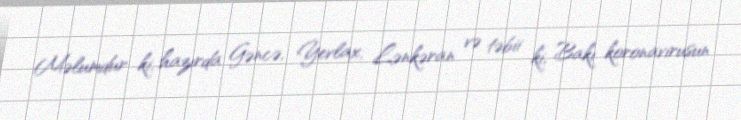
Məlumdur ki, hazırda Gəncə, Yevlax, Lənkəran və təbii ki, Bakı koronavirusun